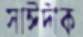
সাঈদীক